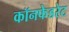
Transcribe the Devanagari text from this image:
कॉनफेडरेट